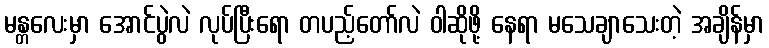
မန္တလေးမှာ အောင်ပွဲလဲ လုပ်ပြီးရော တပည့်တော်လဲ ဝါဆိုဖို့ နေရာ မသေချာသေးတဲ့ အချိန်မှာ